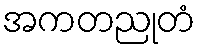
အကတညုတံ